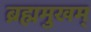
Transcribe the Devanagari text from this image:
ब्रह्ममुखम्